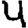
Digit: 4